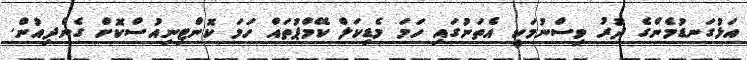
އަޅުގަނޑުމެންގެ ދުރު ވިސްނުމަކީ އެތަނުގައި ހަމަ މެޑިކަލް ކޭމްޕުތައް ހަމަ ކޮންޓިނިއުސްކޮށް ގެންދިއުން.